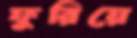
ফুরিয়ে